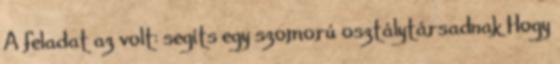
A feladat az volt: segíts egy szomorú osztálytársadnak Hogy